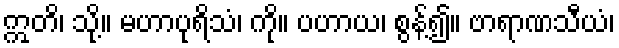
ဣတိ၊ သို့။ မဟာပုရိသံ၊ ကို။ ပဟာယ၊ စွန့်၍။ ဗာရာဏသီယံ၊